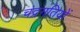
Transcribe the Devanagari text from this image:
चंद्रगतियों